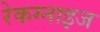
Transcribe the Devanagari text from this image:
रेकग्नाइज